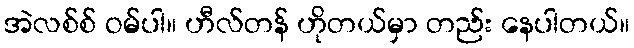
အဲလစ်စ် ဝမ်ပါ။ ဟီလ်တန် ဟိုတယ်မှာ တည်း နေပါတယ်။